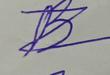
Signature authenticity: forged